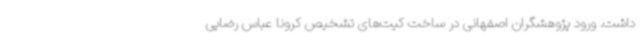
داشت. ورود پژوهشگران اصفهانی در ساخت کیت‌های تشخیص کرونا عباس رضایی